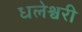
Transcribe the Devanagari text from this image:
धलेश्वरी